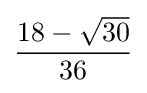
{\frac {18-{\sqrt {30}}}{36}}